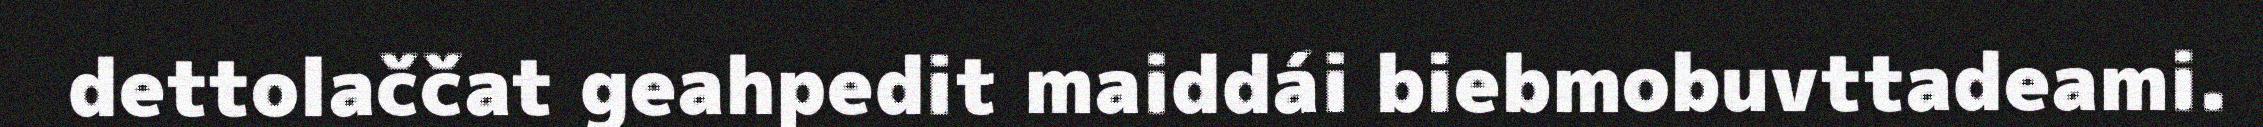
dettolaččat geahpedit maiddái biebmobuvttadeami.